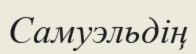
Самуэльдің